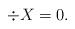
LaTeX: \begin{align*}\div X =0.\end{align*}